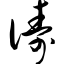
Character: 俦